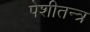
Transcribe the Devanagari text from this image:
पेशीतन्त्र